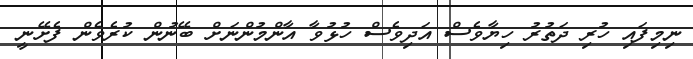
ނިމިފައި ހުރި ދަތުރު ހިޔާވެސް އަދިވެސް ހުޅުވާ އާންމުންނަށް ބޭނުން ކުރެވެން ފެށޭނީ